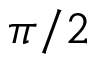
\pi / 2